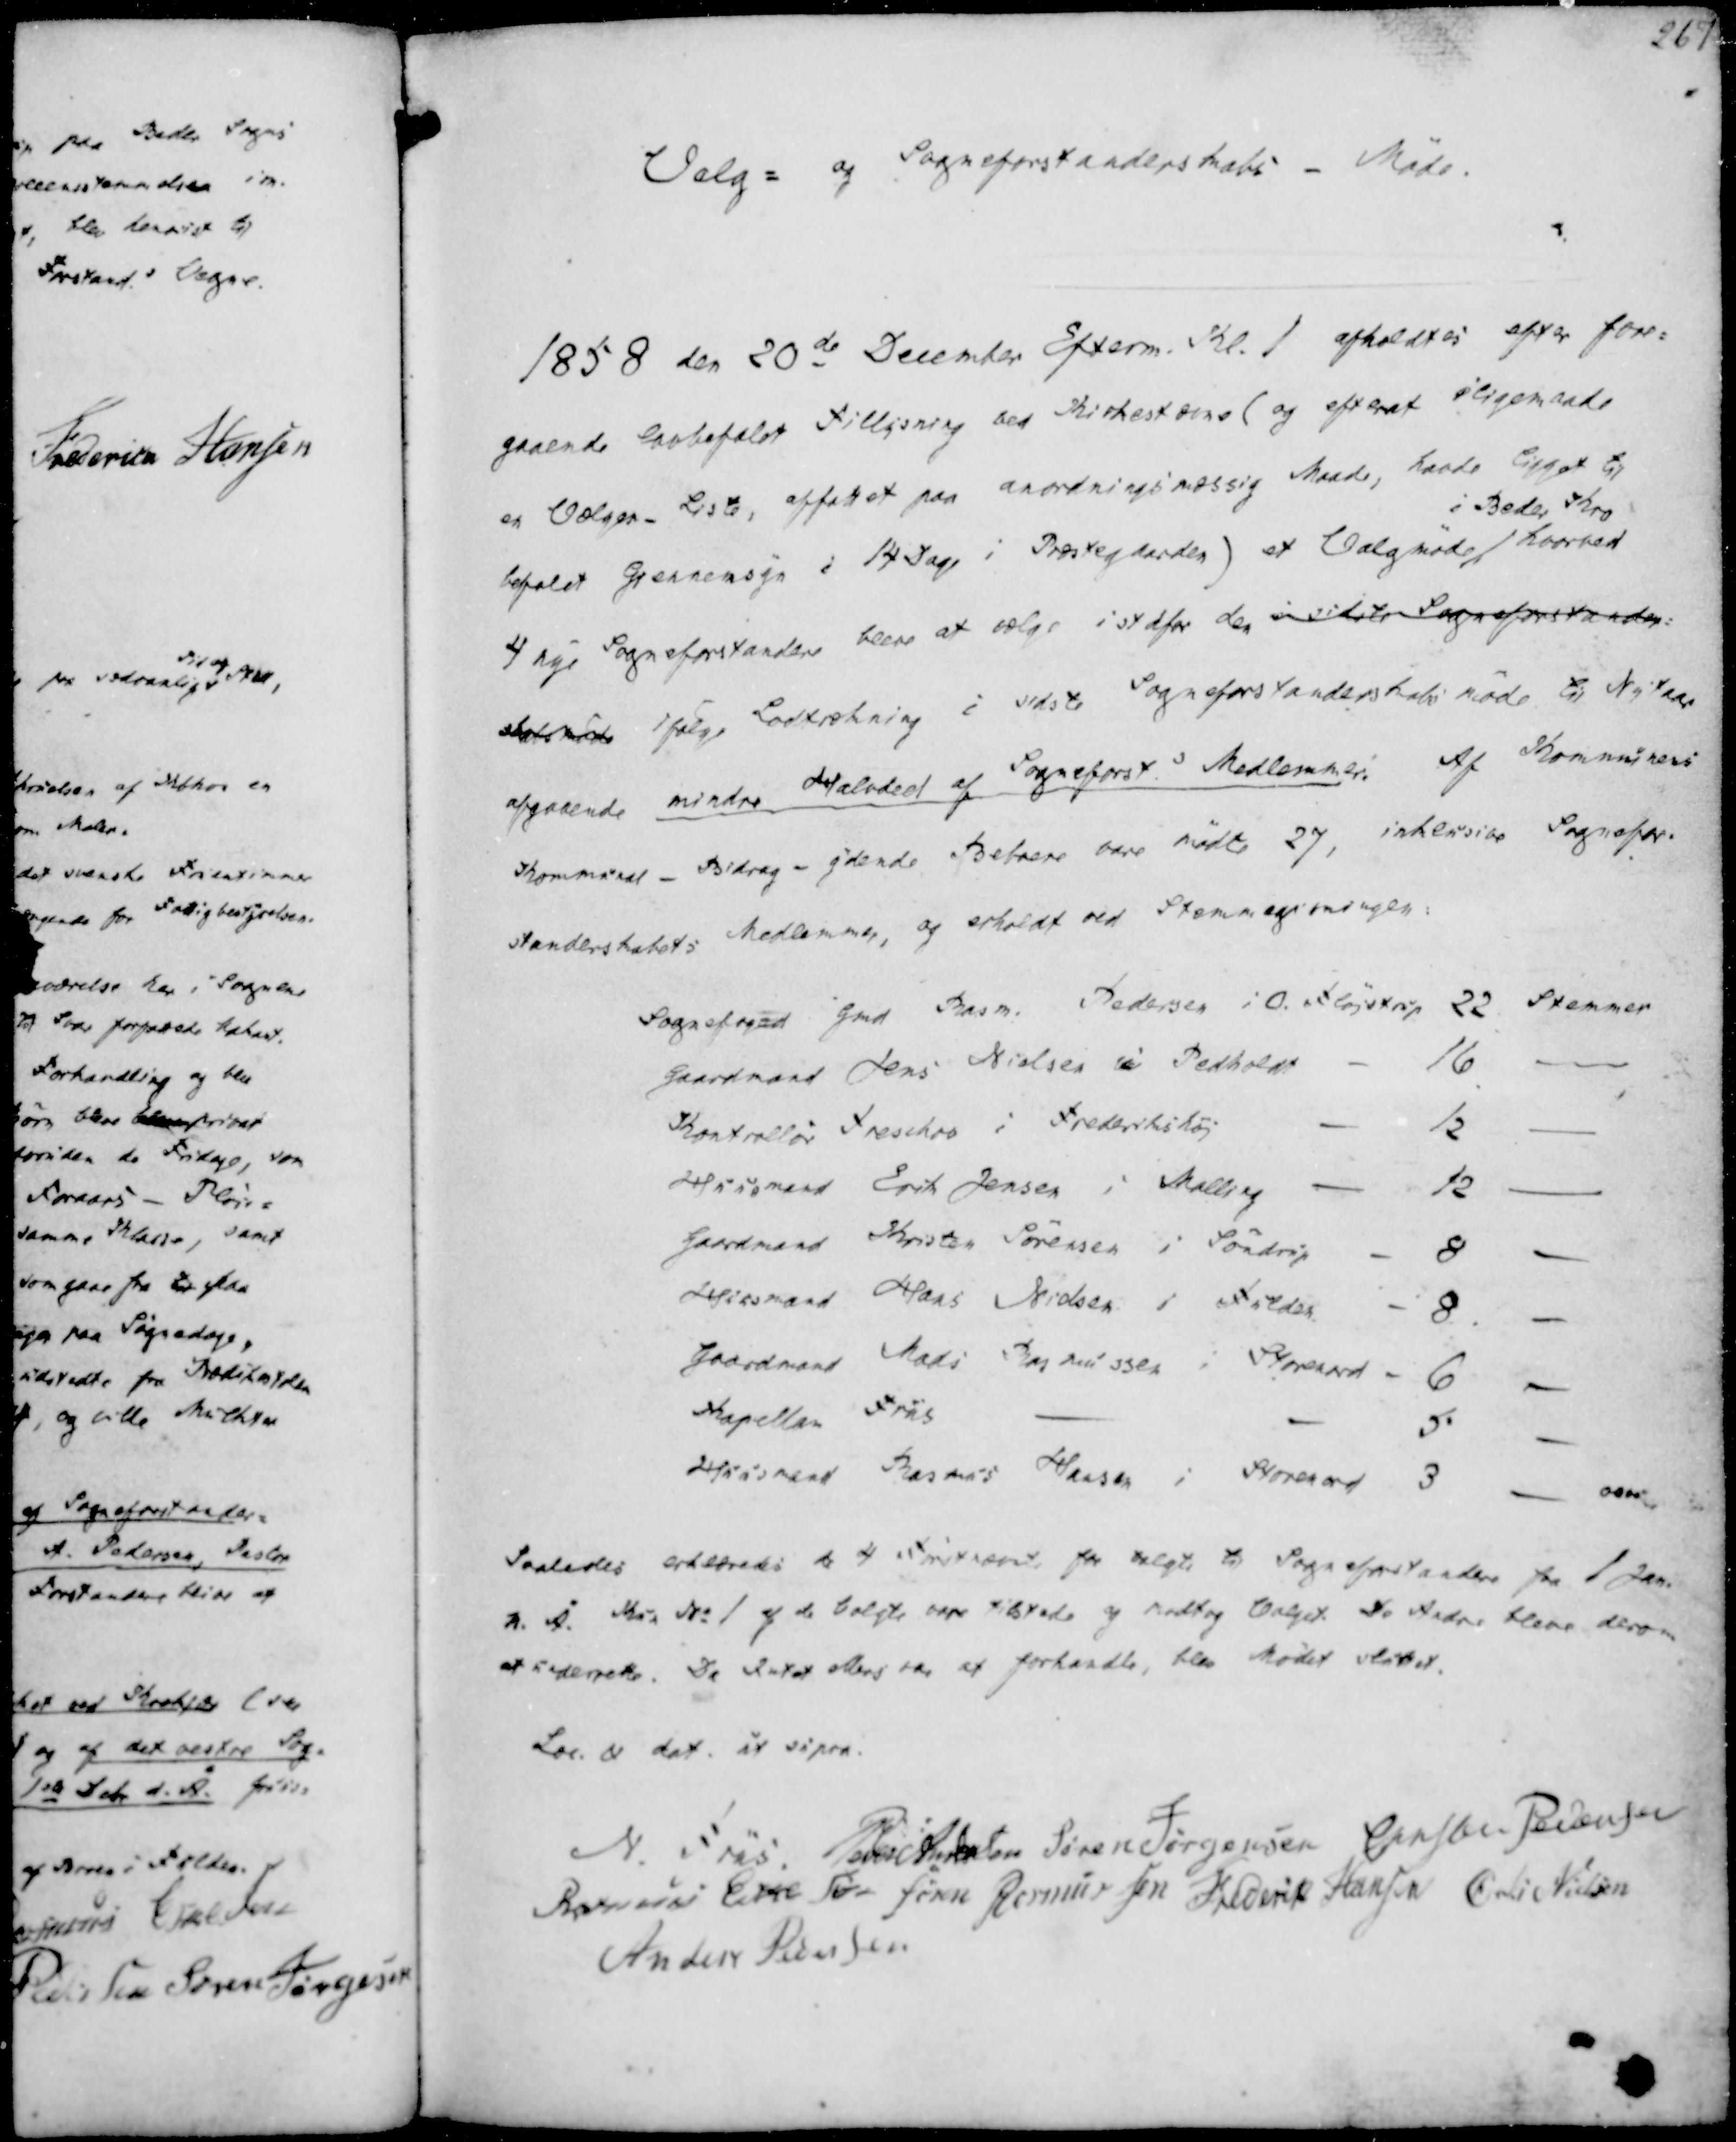
Transskription:
Valg- og Sogneforstanderskabs - Møde.

1858 den 20de December Efterm. Kl. 1 afholdtes efter fore-
gaaende lovbefalet Tillysning ved Kirkestævne (og efterat iligemaade
en Vælger- Liste, affattet paa anordningsmæssig Maade, havde ligget til
befalet Gjennemsyn i 14 Dage i Præstegaarden) et Valgmøde
i Beder Kro
hvorved
4 nye Sogneforstandere bleve at vælge i stdfor den i sidste Sogneforstander-
skabsmøde ifølge Lodtrækning i sidste Sogneforstanderskabsmøde til Nytaar
afgaaende mindre Halvvdeel af Sogneforst.s Medlemmer. Af Kommunens
Kommunal - Bidrag - ydende Beboere vare mødte 27, inklusive Sognefor-
standerskabets Medlemmer, og erholdt ved Stemmegivningen:

Sognefoged Gmd Rasm. Pedersen i O. Fløjstrup 22 Stemmer
Gaardmand Jens Nielsen i Pedholdt
16.
Kontrollør Treschov i Frederikshøj
12
Huusmand Erik Jensen i Malling
12
Gaardmand Kristen Sørensen i Søndrup
8
Huusmand Hans Nielsen i Fulden
8
Gaardmand Mads Rasmussen i Storenord
6
Kapellan Friis
5
Huusmand Rasmus Hansen i Storenord 3
osv.

Saaledes erklæredes de 4 Førstnævnte for valgte til Sogneforstandere fra 1 Jan.
n Å. Kun No 1 af No 1 af de Valgte vare tilstede og modtog Valget. De Andre bleve derom
at underrette. Da Intet ellers var at forhandle, blev Mødet sluttet.
Los. & dat. ut supra.

N. Friis.
Peder Andersen
Søren Jørgensen
Christen Pedersen
Rasmus Eskesen
Søren Rasmussen
Frederik Hansen
Øvli Nielsen
Anders Pedersen